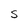
Character: S